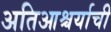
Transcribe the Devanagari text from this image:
अतिआश्चर्याची